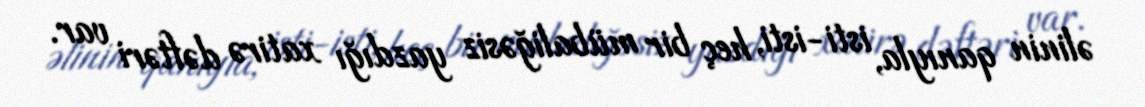
əlinin qanıyla, isti-isti, heç bir mübaliğəsiz yazdığı xatirə dəftəri var.